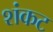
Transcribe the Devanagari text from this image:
शंकट